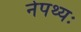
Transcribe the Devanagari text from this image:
नेपथ्यः